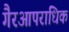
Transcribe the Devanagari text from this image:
गैरआपराधिक